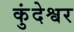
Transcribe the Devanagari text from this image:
कुंदेश्वर